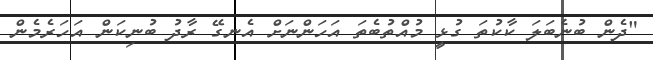
"ދެން ބުނެބަލަ ކާކުތަ ގުޅީ މުއްތުބެތަ އަހަންނަށް އެނގޭ ރާދު ބުނިކަން އަހަރެމެން